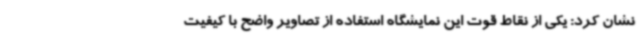
نشان کرد: یکی از نقاط قوت این نمایشگاه استفاده از تصاویر واضح با کیفیت